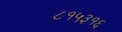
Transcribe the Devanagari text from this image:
८१५३१६